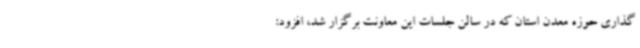
گذاری حوزه معدن استان که در سالن جلسات این معاونت برگزار شد، افزود: